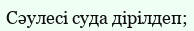
Сәулесі суда дірілдеп;